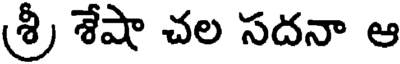
(శ్రీ శేషా చల సదనా ఆ